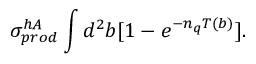
\sigma _ { p r o d } ^ { h A } \int d ^ { 2 } b [ 1 - e ^ { - n _ { q } T ( b ) } ] .